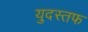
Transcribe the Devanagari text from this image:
युदस्तफ